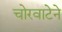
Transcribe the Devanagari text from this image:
चोरवाटेने